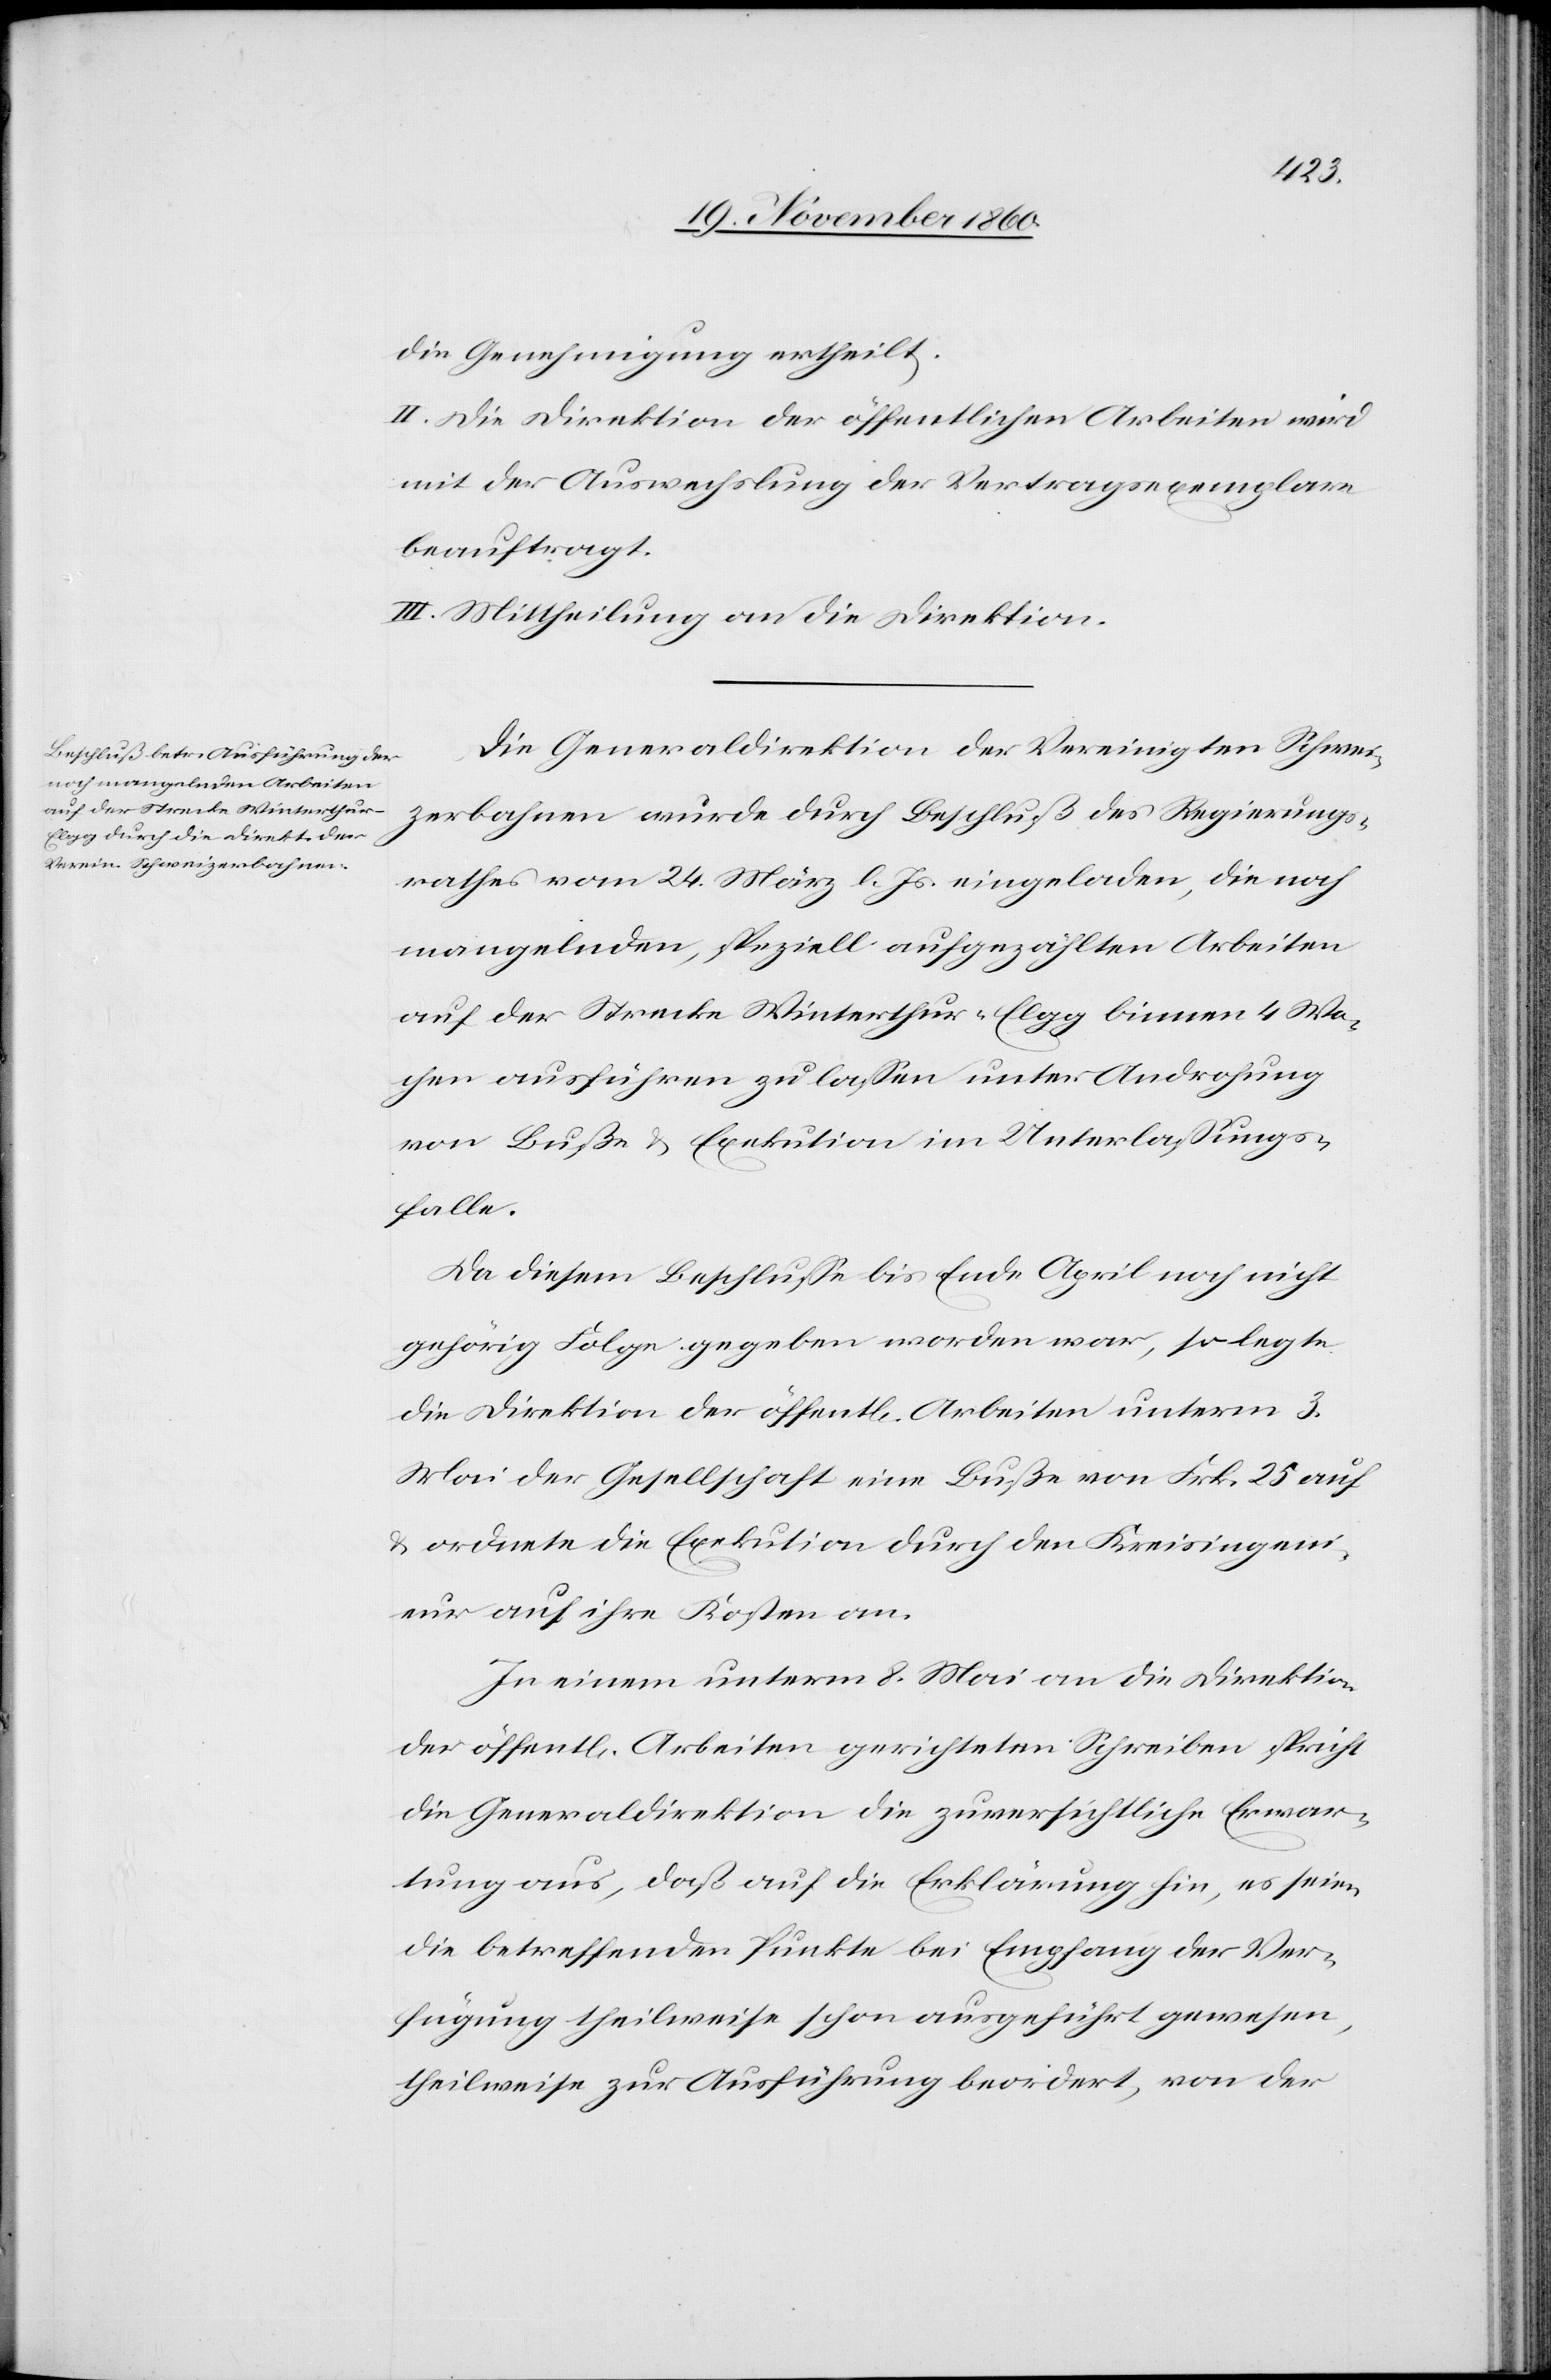
die Genehmigung ertheilt.
II. Die Direktion der öffentlichen Arbeiten wird
mit der Auswechslung der Vertragsexemplare
beauftragt.
III. Mittheilung an die Direktion.
Die Generaldirektion der Vereinigten Schwei¬
zerbahnen wurde durch Beschluß des Regierungs¬
rathes vom 24. März l. Js. eingeladen, die noch
mangelnden, speziell aufgezählten Arbeiten
auf der Strecke Winterthur–Elgg binnen 4 Wo¬
chen ausführen zu lassen unter Androhung
von Buße u. Exekution im Unterlassungs¬
falle.
Da diesem Beschlusse bis Ende April noch nicht
gehörig Folge gegeben worden war, so legte
die Direktion der öffent[lichen] Arbeiten unterm 3.
Mai der Gesellschaft eine Buße von Frk. 25 auf
u. ordnete die Exekution durch den Kreisingeni¬
eur auf ihre Kosten an.
In einem unterm 8. Mai an die Direktion
der öffent[lichen] Arbeiten gerichteten Schreiben spricht
die Generaldirektion die zuversichtliche Erwar¬
tung aus, daß auf die Erklärung hin, es seien
die betreffenden Punkte bei Empfang der Ver¬
fügung theilweise schon ausgeführt gewesen,
theilweise zur Ausführung beordert, von der